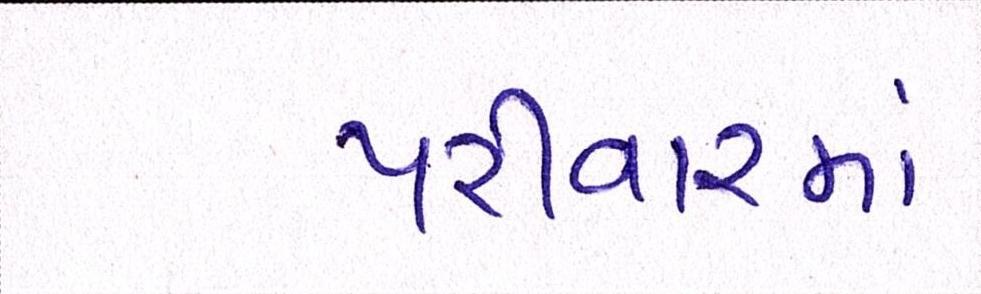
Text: પરીવારમાં